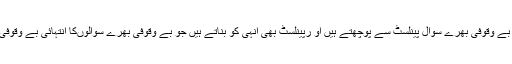
یہ ٹیلی ویژن پر بے وقوفی بھرے سوال پینلسٹ سے پوچھتے ہیں او رپینلسٹ بھی انہی کو بناتے ہیں جو بے وقوفی بھرے سوالوںکا انتہائی بے وقوفی سے جواب دیں۔